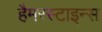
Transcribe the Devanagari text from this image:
हैमरस्टाइन्स